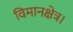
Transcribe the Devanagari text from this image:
विमानक्षेत्र।